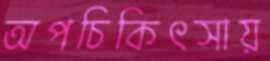
অপচিকিৎসায়